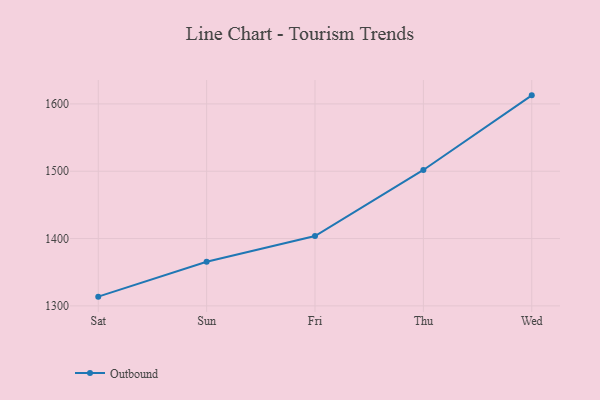
{"axis": {"x": "Day", "y": "Net Income (USD K)"}, "legend": ["Outbound"], "data": [{"x": "Sat", "y": 1313.7, "type": "Outbound"}, {"x": "Sun", "y": 1365.5, "type": "Outbound"}, {"x": "Fri", "y": 1403.8, "type": "Outbound"}, {"x": "Thu", "y": 1501.9, "type": "Outbound"}, {"x": "Wed", "y": 1612.7, "type": "Outbound"}]}